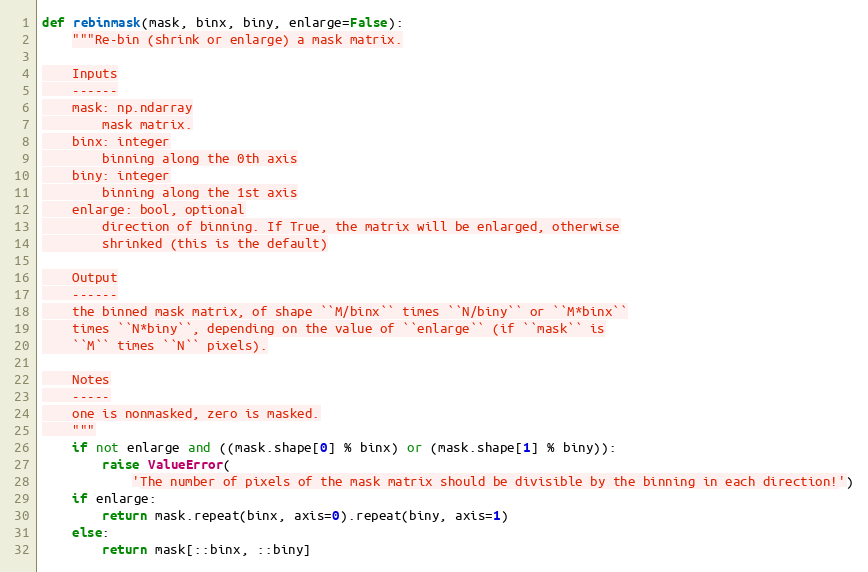
Language: Python
def rebinmask(mask, binx, biny, enlarge=False):
    """Re-bin (shrink or enlarge) a mask matrix.

    Inputs
    ------
    mask: np.ndarray
        mask matrix.
    binx: integer
        binning along the 0th axis
    biny: integer
        binning along the 1st axis
    enlarge: bool, optional
        direction of binning. If True, the matrix will be enlarged, otherwise
        shrinked (this is the default)

    Output
    ------
    the binned mask matrix, of shape ``M/binx`` times ``N/biny`` or ``M*binx``
    times ``N*biny``, depending on the value of ``enlarge`` (if ``mask`` is
    ``M`` times ``N`` pixels).

    Notes
    -----
    one is nonmasked, zero is masked.
    """
    if not enlarge and ((mask.shape[0] % binx) or (mask.shape[1] % biny)):
        raise ValueError(
            'The number of pixels of the mask matrix should be divisible by the binning in each direction!')
    if enlarge:
        return mask.repeat(binx, axis=0).repeat(biny, axis=1)
    else:
        return mask[::binx, ::biny]